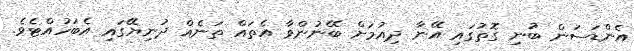
އެންޑަސަން ބުނި ގޮތުގައި އޭނާ ދިއުމަށް ބޭނުންވާ އެތައް ތަނެއް ދުނިޔޭގައި އެބަހުއްޓެވެ.